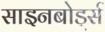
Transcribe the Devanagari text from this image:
साइनबोर्ड्स